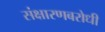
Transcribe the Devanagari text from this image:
संक्षारणबरोधी